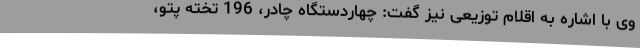
وی با اشاره به اقلام توزیعی نیز گفت: چهاردستگاه چادر، 196 تخته پتو،